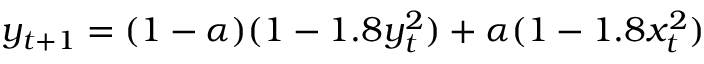
y _ { t + 1 } = ( 1 - \alpha ) ( 1 - 1 . 8 y _ { t } ^ { 2 } ) + \alpha ( 1 - 1 . 8 x _ { t } ^ { 2 } )